画像に写った文字を読んでください
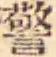
「警」と書いてあります